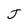
Character: J